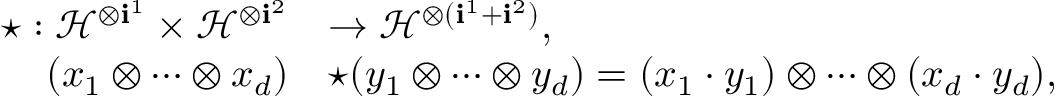
\begin{array} { r l } { \star : \mathcal { H } ^ { \otimes \mathbf { i } ^ { 1 } } \times \mathcal { H } ^ { \otimes \mathbf { i } ^ { 2 } } } & { \to \mathcal { H } ^ { \otimes ( \mathbf { i } ^ { 1 } + \mathbf { i } ^ { 2 } ) } , } \\ { ( x _ { 1 } \otimes \dots \otimes x _ { d } ) } & { \star ( y _ { 1 } \otimes \dots \otimes y _ { d } ) = ( x _ { 1 } \cdot y _ { 1 } ) \otimes \dots \otimes ( x _ { d } \cdot y _ { d } ) , } \end{array}